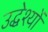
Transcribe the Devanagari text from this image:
उद्धेश्यों